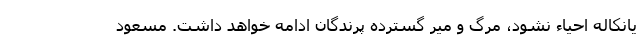
یانکاله احیاء نشود، مرگ و میر گسترده پرندگان ادامه خواهد داشت. مسعود